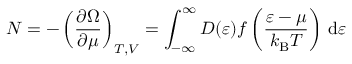
N = - \left( { \frac { \partial \Omega } { \partial \mu } } \right) _ { T , V } = \int _ { - \infty } ^ { \infty } D ( \varepsilon ) { \mathcal { f } } \left( { \frac { \varepsilon - \mu } { k _ { \mathrm { { B } } } T } } \right) \, \mathrm { d } \varepsilon